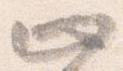
止